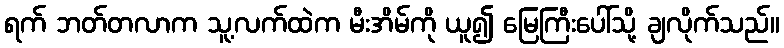
ရက် ဘတ်တလာက သူ့လက်ထဲက မီးအိမ်ကို ယူ၍ မြေကြီးပေါ်သို့ ချလိုက်သည်။